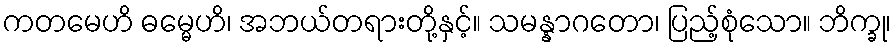
ကတမေဟိ ဓမ္မေဟိ၊ အဘယ်တရားတို့နှင့်။ သမန္နာဂတော၊ ပြည့်စုံသော။ ဘိက္ခု၊